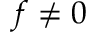
f \neq 0